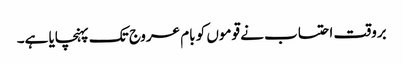
بروقت احتساب نے قوموں کو بام عروج تک پہنچایا ہے۔